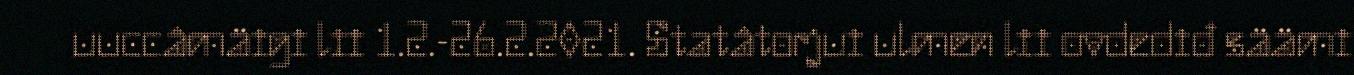
uuccâmäigi lii 1.2.-26.2.2021. Statâtorjui ulmen lii ovdediđ säämi